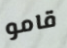
قامو